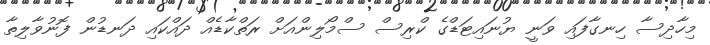
މިހާދިސާ ހިނގާފައި ވަނީ ޔުނައިޓަޑްގެ ކްރިސް ސްމޯލިންއަށް ރަތްކާޑެއް ދައްކައި ދަނޑުން ފޮނުވާލިތާ